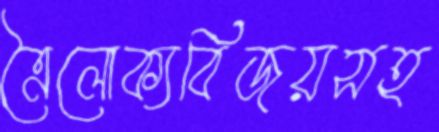
ত্রৈলোক্যবিজয়সহ